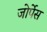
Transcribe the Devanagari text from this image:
जोर्पेस